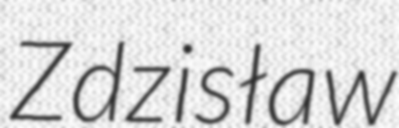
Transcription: Zdzisław